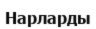
Нарларды